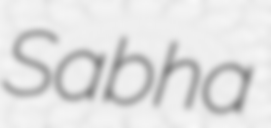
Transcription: Sabha